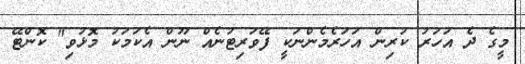
މީގެ ދެ އަހަރު ކުރިން އަހަރެމެންނަކީ ފޭވަރިޓުނެއް ނޫން އެކަމަކު މޮޅުވި" ކޮންޓޭ